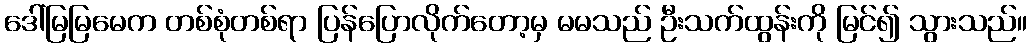
ဒေါ်မြမြမေက တစ်စုံတစ်ရာ ပြန်ပြောလိုက်တော့မှ မမသည် ဦးသက်ထွန်းကို မြင်၍ သွားသည်။